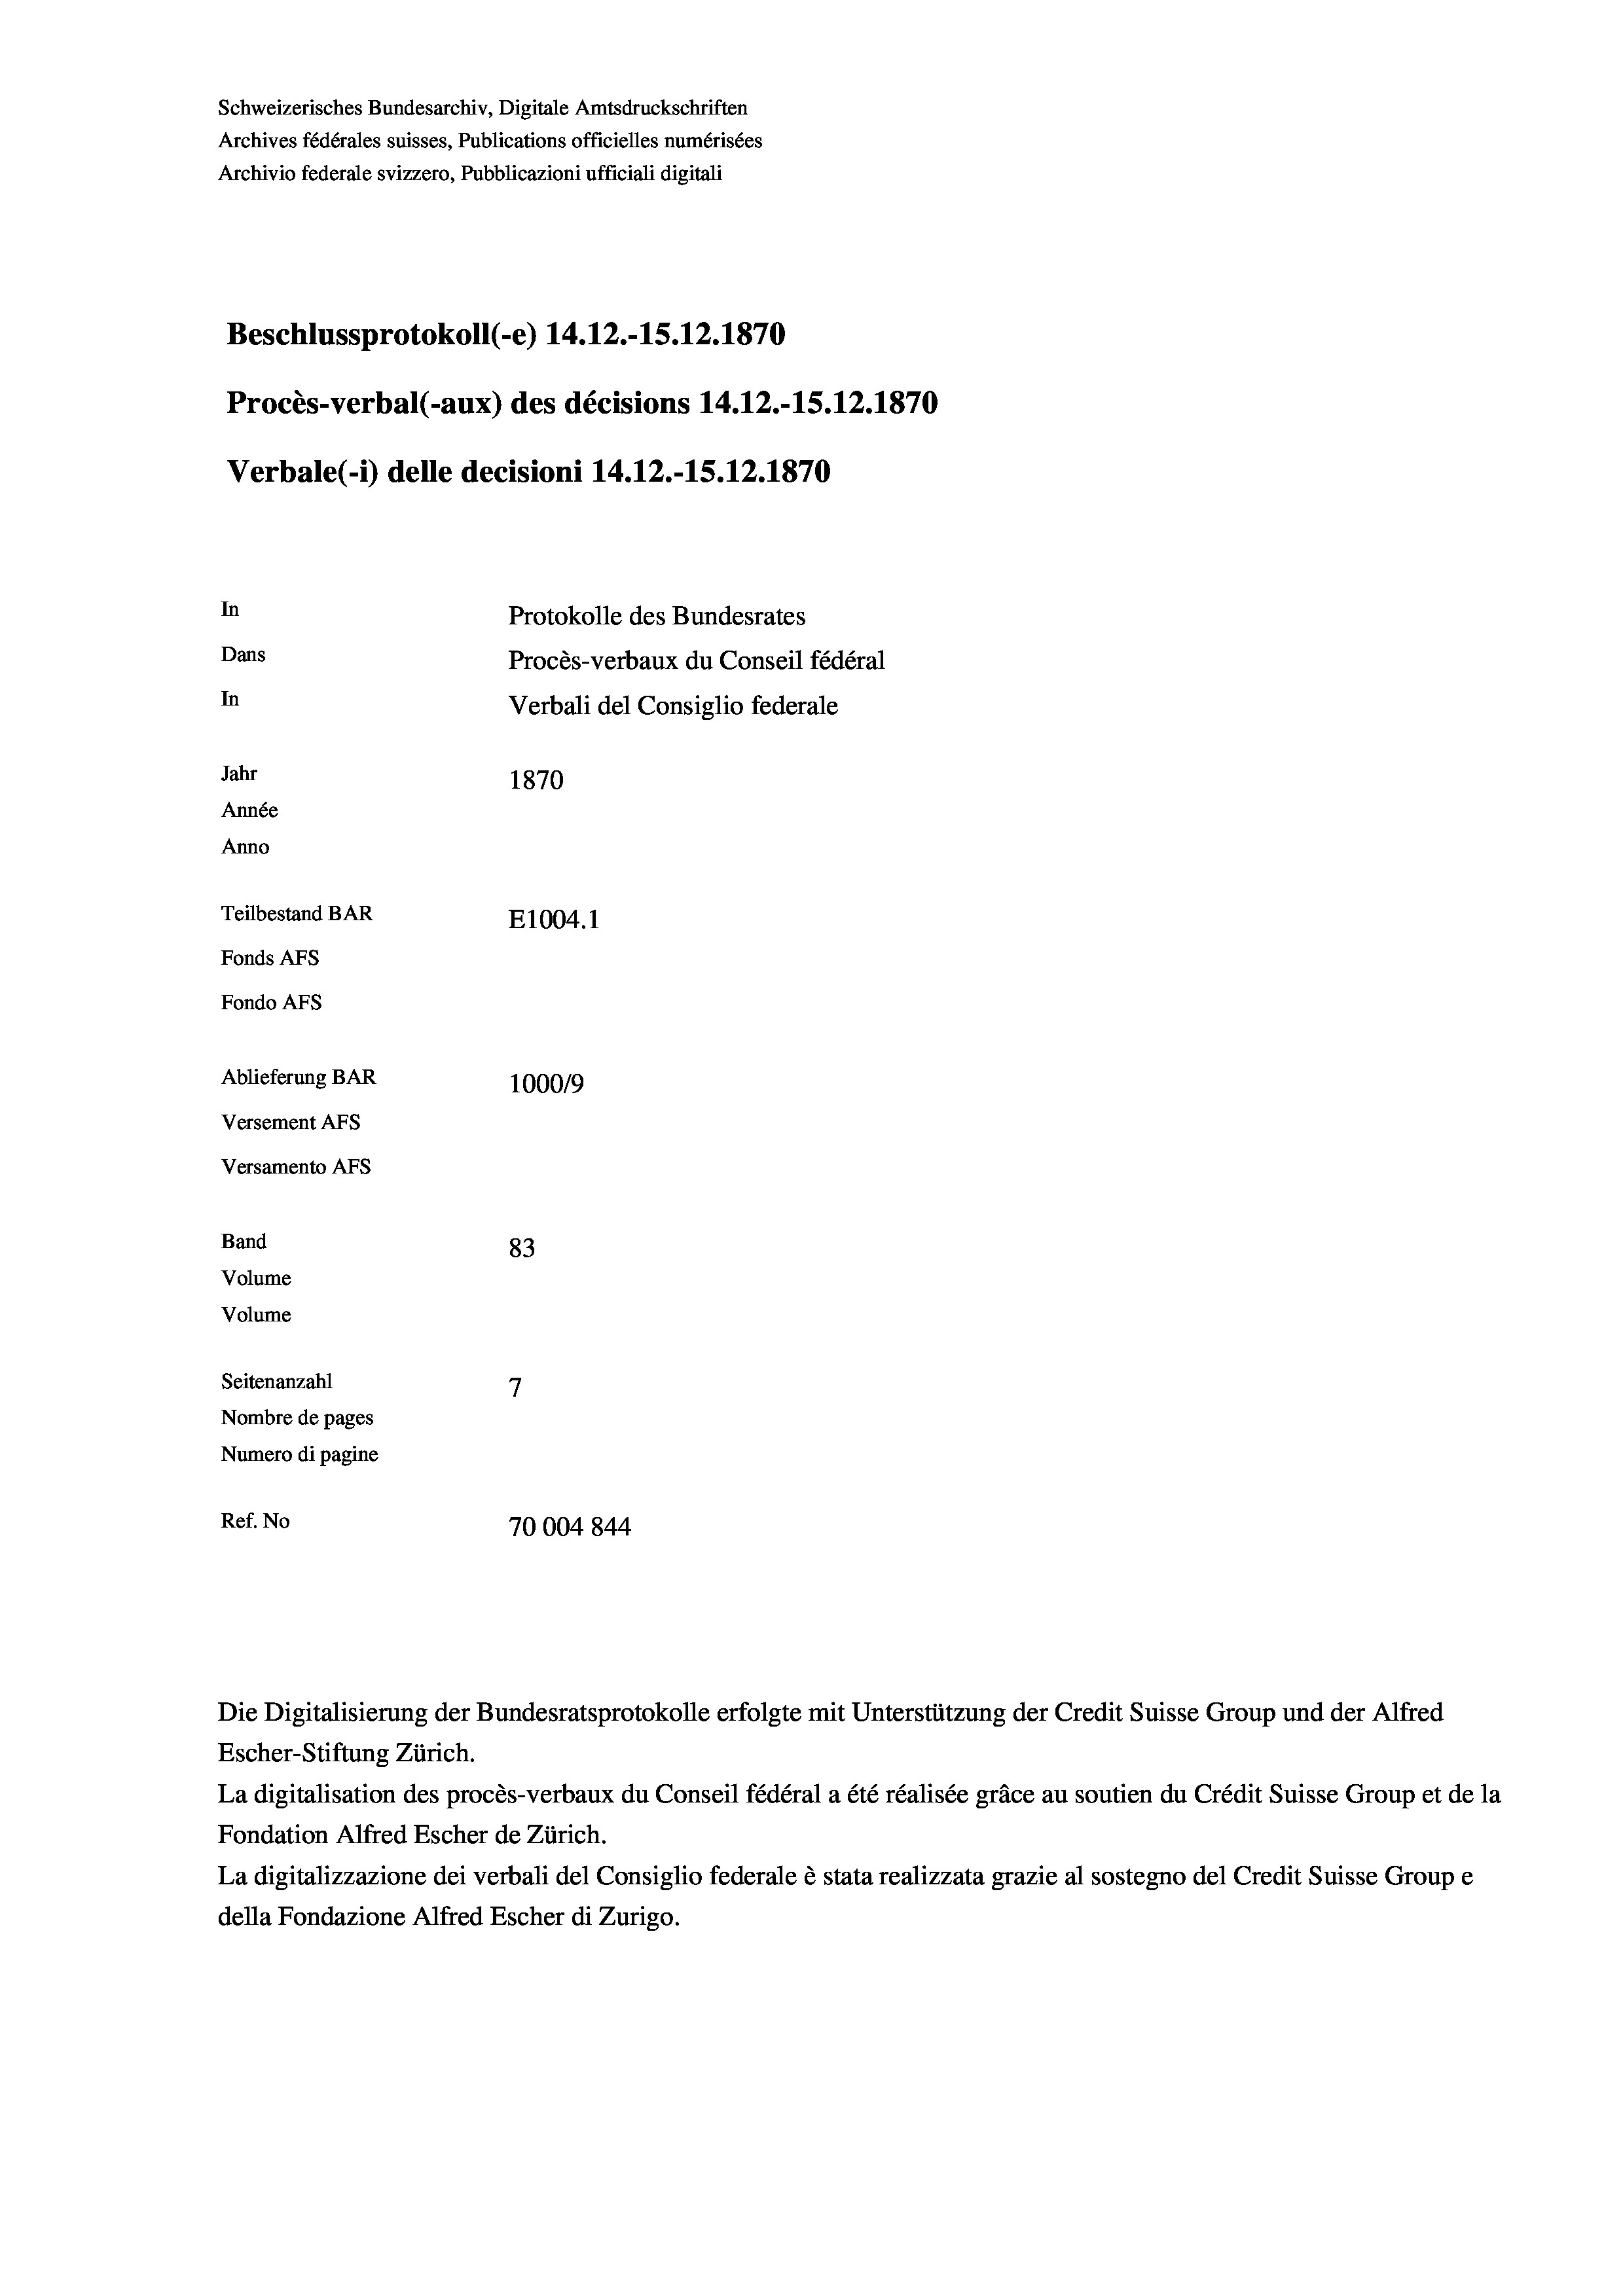
Schweizerisches Bundesarchiv, Digitale Amtsdruckschriften
Archives fédérales suisses, Publications officielles numérisées
Archivio federale svizzero, Pubblicazioni ufficiali digitali
Beschlussprotokoll (-e) 14.12.-15.12.1870
Procès-verbal (-aux) des décisions 14.12.-15.12.1870
Verbale(-*) delle decisioni 14.12.-15. 12. 1870
In
Protokolle des Bundesrates
Dans
Procès-verbaux du Conseil fédéral
In
Verbali del Consiglio federale
Jahr
1870
Année
Anno
Teilbestand BAR
E1004. 1
Fonds Afs
Fondo AFs
Ablieferung BAR
100019
Versement AFs
Versamento AFs
Band
83
Volume
Volume
7
Seitenanzahl
Nombre de pages
Numero di pagine
Ref. No
70004 844

Escher-Stiftung Zürich.
La digitalisation des procès-verbaux du Conseil fédéral a été réalisée gräce au soutien du Crédit Suisse Group et de la
Fondation Alfred Escher de Zürich.
La digitalizzazione dei verbali del Consiglio federale è stata realizzata grazie al sostegno del Credit Suisse Groupe
della Fondazione Alfred Escher di Zurigo.

Die Digitalisierung der Bundesratsprotokolle erfolgte mit Unterstützung der Credit Suisse Group und der Alfred